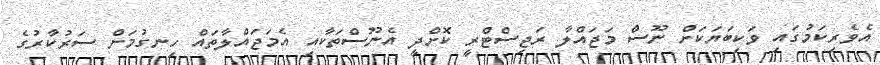
އެވެރިކަމުގައި ވަކިބަޔަކަށް ނޫސް މަޖައްލާ ރަޖިސްޓްރީ ކޮށްދީ އެނޫސްތަކާއި އެމަޖައްލާތައް ހިނގުމަށް ސަރުކާރުގެ